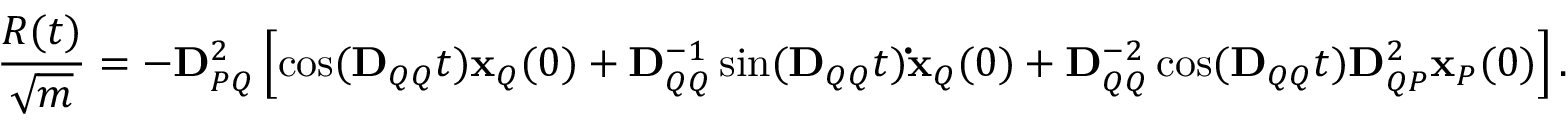
\frac { R ( t ) } { \sqrt { m } } = - \mathbf { D } _ { P Q } ^ { 2 } \left[ \cos ( \mathbf { D } _ { Q Q } t ) \mathbf { x } _ { Q } ( 0 ) + \mathbf { D } _ { Q Q } ^ { - 1 } \sin ( \mathbf { D } _ { Q Q } t ) \mathbf { \dot { x } } _ { Q } ( 0 ) + \mathbf { D } _ { Q Q } ^ { - 2 } \cos ( \mathbf { D } _ { Q Q } t ) \mathbf { D } _ { Q P } ^ { 2 } \mathbf { x } _ { P } ( 0 ) \right] .